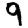
Digit: 9